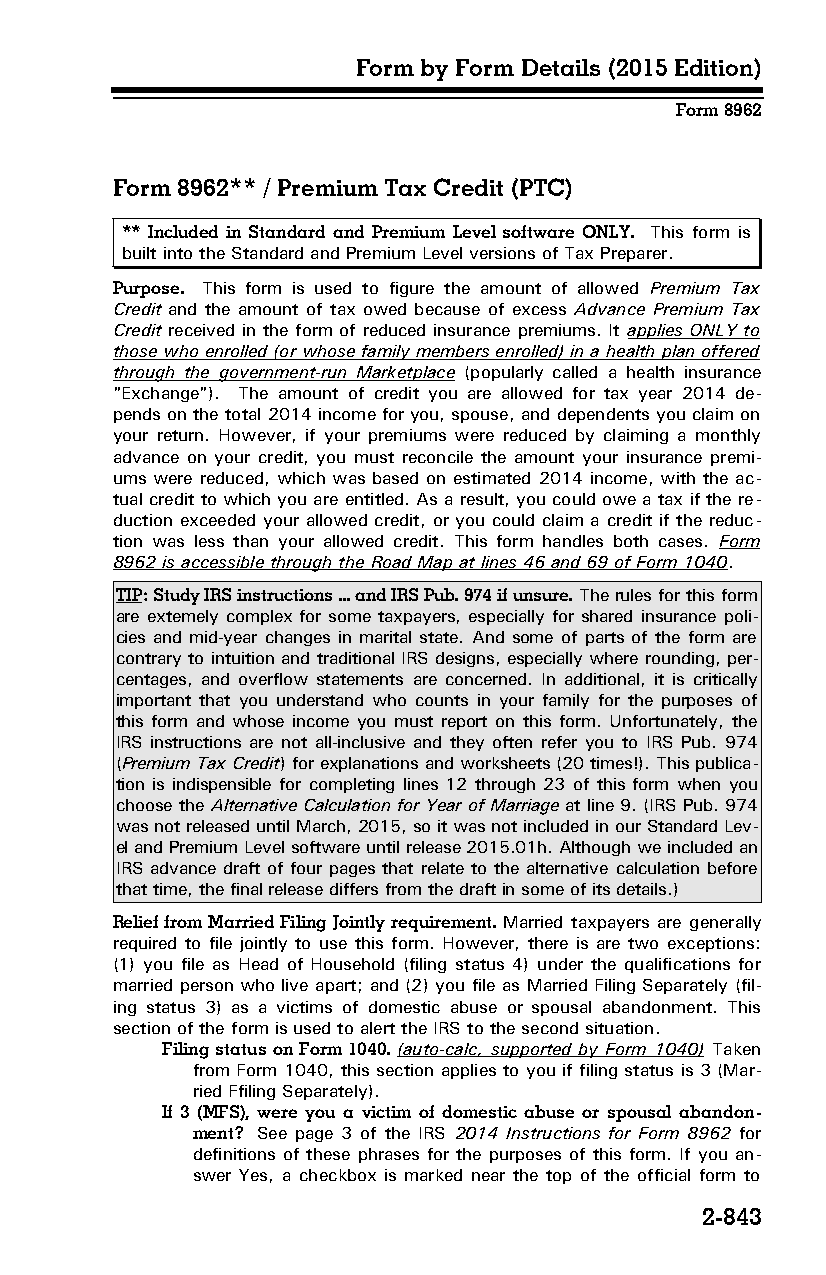
Form by Form Details (2015 Edition)
 Form 8962
 Form 8962** / Premium Tax Credit (PTC)
 ** Included in Standard and Premium Level software ONLY. This form is
 built into the Standard and Premium Level versions of Tax Preparer.
 Purpose. This form is used to figure the amount of allowed Premium Tax
 Credit and the amount of tax owed because of excess Advance Premium Tax
 Credit received in the form of reduced insurance premiums. It applies ONLY to
 those who enrolled (or whose family members enrolled) in a health plan offered
 through the government-run Marketplace (popularly called a health insurance
 "Exchange"). The amount of credit you are allowed for tax year 2014 de­
 pends on the total 2014 income for you, spouse, and dependents you claim on
 your return. However, if your premiums were reduced by claiming a monthly
 advance on your credit, you must reconcile the amount your insurance premi­
 ums were reduced, which was based on estimated 2014 income, with the ac­
 tual credit to which you are entitled. As a result, you could owe a tax if the re­
 duction exceeded your allowed credit, or you could claim a credit if the reduc­
 tion was less than your allowed credit. This form handles both cases. Form
 8962 is accessible through the Road Map at lines 46 and 69 of Form 1040.
 TIP: Study IRS instructions ... and IRS Pub. 974 if unsure. The rules for this form
 are extemely complex for some taxpayers, especially for shared insurance poli­
 cies and mid-year changes in marital state. And some of parts of the form are
 contrary to intuition and traditional IRS designs, especially where rounding, per­
 centages, and overflow statements are concerned. In additional, it is critically
 important that you understand who counts in your family for the purposes of
 this form and whose income you must report on this form. Unfortunately, the
 IRS instructions are not all-inclusive and they often refer you to IRS Pub. 974
 (Premium Tax Credit) for explanations and worksheets (20 times!). This publica­
 tion is indispensible for completing lines 12 through 23 of this form when you
 choose the Alternative Calculation for Year of Marriage at line 9. (IRS Pub. 974
 was not released until March, 2015, so it was not included in our Standard Lev­
 el and Premium Level software until release 2015.01h. Although we included an
 IRS advance draft of four pages that relate to the alternative calculation before
 that time, the final release differs from the draft in some of its details.)
 Relief from Married Filing Jointly requirement. Married taxpayers are generally
 required to file jointly to use this form. However, there is are two exceptions:
 (1) you file as Head of Household (filing status 4) under the qualifications for
 married person who live apart; and (2) you file as Married Filing Separately (fil­
 ing status 3) as a victims of domestic abuse or spousal abandonment. This
 section of the form is used to alert the IRS to the second situation.
 Filing status on Form 1040. (auto-calc, supported by Form 1040) Taken
 from Form 1040, this section applies to you if filing status is 3 (Mar­
 ried Ffiling Separately).
 If 3 (MFS), were you a victim of domestic abuse or spousal abandon­
 ment? See page 3 of the IRS 2014 Instructions for Form 8962 for
 definitions of these phrases for the purposes of this form. If you an­
 swer Yes, a checkbox is marked near the top of the official form to
 2-843